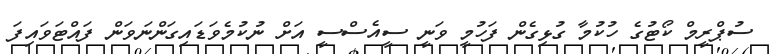
ސުޕްރީމް ކޯޓުގެ ހުކުމާ ގުޅިގެން ފަހުމީ ވަނީ ސީއެސްސީ އަށް ނުކުމެވަޑައިގަންނަވަން ފައްޓަވައިފަ